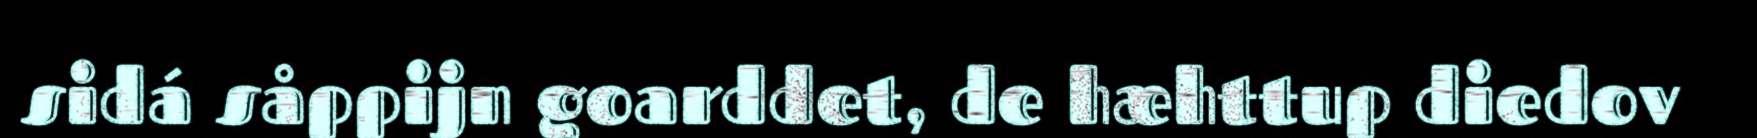
sidá såppijn goarddet, de hæhttup diedov